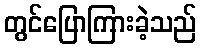
တွင်ပြောကြားခဲ့သည်